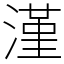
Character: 漌